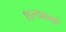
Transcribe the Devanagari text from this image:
शल्यकक्षों